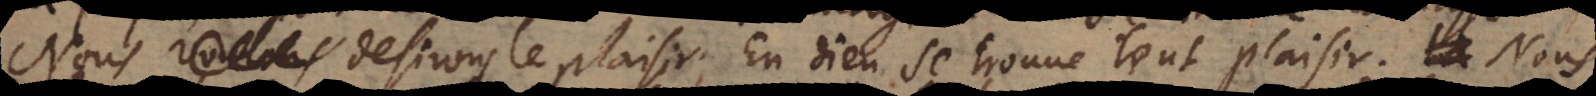
Nous desirons le plaisir, en Dieu se trouve tout plaisir. Nous